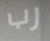
رب